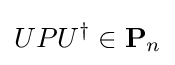
UPU^{\dagger }\in \mathbf {P} _{n}